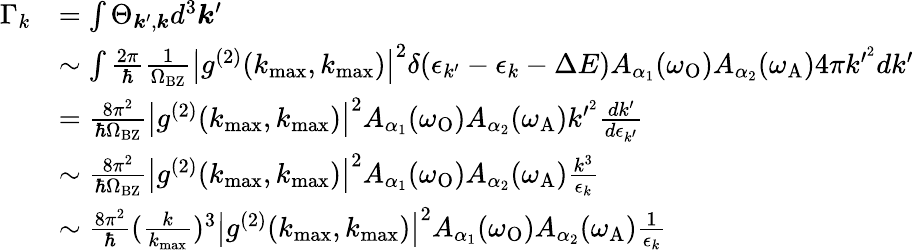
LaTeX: \begin{array}{rl}{\Gamma_{k}}&{=\int\Theta_{\boldsymbol{k}^{\prime},\boldsymbol{k}}d^{3}\boldsymbol{k}^{\prime}}\\ &{\sim\int\frac{2\pi}{\hbar}\frac{1}{\Omega_{\mathrm{BZ}}}\big|g^{(2)}(k_{\operatorname*{max}},k_{\operatorname*{max}})\big|^{2}\delta(\epsilon_{k^{\prime}}-\epsilon_{k}-\Delta E)A_{\alpha_{1}}(\omega_{\mathrm{O}})A_{\alpha_{2}}(\omega_{\mathrm{A}})4\pi k^{\prime^{2}}dk^{\prime}}\\ &{=\frac{8\pi^{2}}{\hbar\Omega_{\mathrm{BZ}}}\big|g^{(2)}(k_{\operatorname*{max}},k_{\operatorname*{max}})\big|^{2}A_{\alpha_{1}}(\omega_{\mathrm{O}})A_{\alpha_{2}}(\omega_{\mathrm{A}})k^{\prime^{2}}\frac{dk^{\prime}}{d\epsilon_{k^{\prime}}}}\\ &{\sim\frac{8\pi^{2}}{\hbar\Omega_{\mathrm{BZ}}}\big|g^{(2)}(k_{\operatorname*{max}},k_{\operatorname*{max}})\big|^{2}A_{\alpha_{1}}(\omega_{\mathrm{O}})A_{\alpha_{2}}(\omega_{\mathrm{A}})\frac{k^{3}}{\epsilon_{k}}}\\ &{\sim\frac{8\pi^{2}}{\hbar}(\frac{k}{k_{\operatorname*{max}}})^{3}\big|g^{(2)}(k_{\operatorname*{max}},k_{\operatorname*{max}})\big|^{2}A_{\alpha_{1}}(\omega_{\mathrm{O}})A_{\alpha_{2}}(\omega_{\mathrm{A}})\frac{1}{\epsilon_{k}}}\end{array}